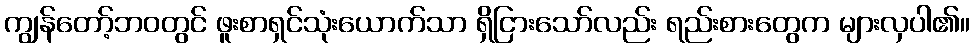
ကျွန်တော့်ဘဝတွင် ဖူးစာရှင်သုံးယောက်သာ ရှိငြားသော်လည်း ရည်းစားတွေက များလှပါ၏။